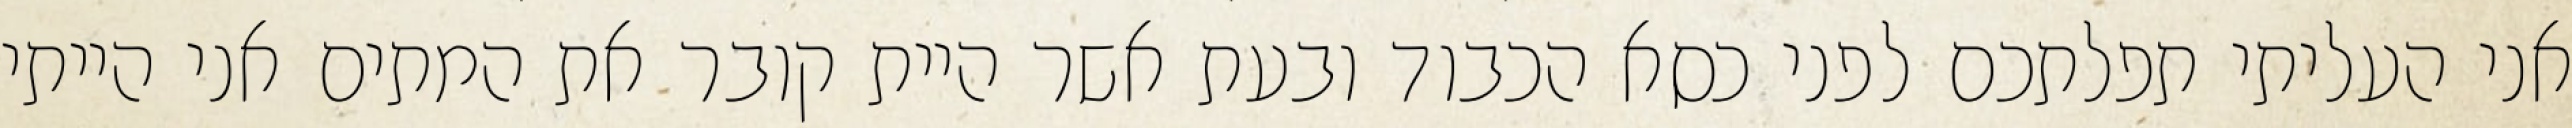
אני העליתי תפלתכם לפני כסא הכבוד ובעת אשר היית קובר את המתים אני הייתי